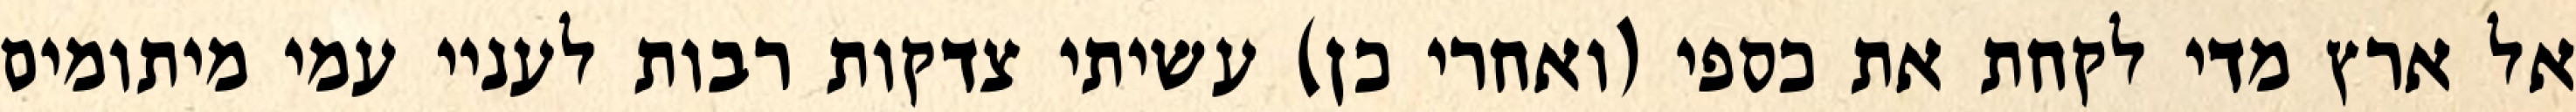
אל ארץ מדי לקחת את כספי (ואחרי כן) עשיתי צדקות רבות לעניי עמי מיתומים